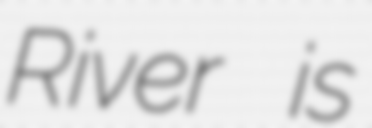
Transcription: River is